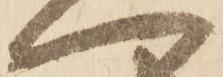
へ